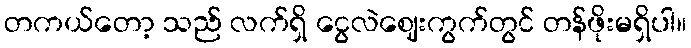
တကယ်တော့ သည် လက်ရှိ ငွေလဲဈေးကွက်တွင် တန်ဖိုးမရှိပါ။